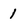
Character: 1